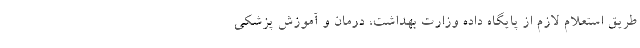
طریق استعلام لازم از پایگاه داده وزارت بهداشت، درمان و آموزش پزشکی